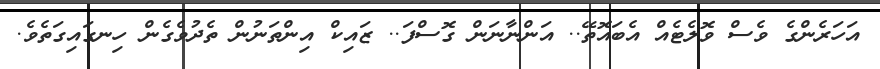
އަހަރެންގެ ވެސް ވޮލެޓެއް އެބައޮތޭ.. އަންނާނަން ގޮސްފަ.. ޒައިކް އިންތަނުން ތެދުވެގެން ހިނގައިގަތެވެ.